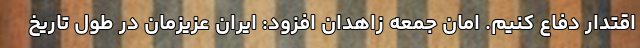
اقتدار دفاع کنیم. امان جمعه زاهدان افزود: ایران عزیزمان در طول تاریخ